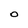
Character: O